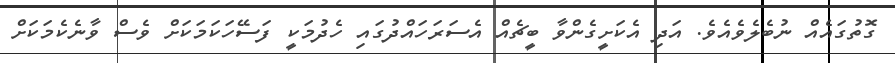
ގޮތުގައެއް ނުބެލެވެއެވެ. އަދި އެކަށީގެންވާ ބީޗެއް އެސަރަހައްދުގައި ހެދުމަކީ ފަސޭހަކަމަކަށް ވެސް ވާނެކެމަކަށް